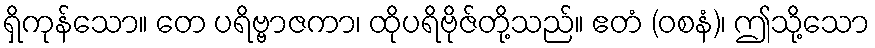
ရှိကုန်သော။ တေ ပရိဗ္ဗာဇကာ၊ ထိုပရိဗိုဇ်တို့သည်။ ဧတံ (ဝစနံ)၊ ဤသို့သော